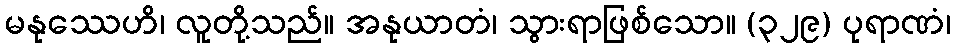
မနုဿေဟိ၊ လူတို့သည်။ အနုယာတံ၊ သွားရာဖြစ်သော။ (၃၂၉) ပုရာဏံ၊